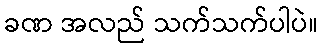
ခဏ အလည် သက်သက်ပါပဲ။